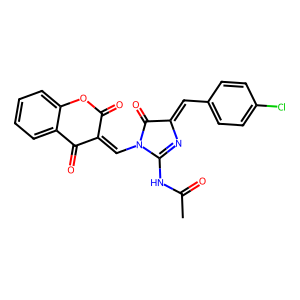
SMILES: CC(=O)NC1=NC(=Cc2ccc(Cl)cc2)C(=O)N1C=C1C(=O)Oc2ccccc2C1=O
Inhibits HIV replication: No